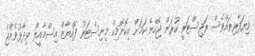
ވިޔަފާރިތައްވެސް ރަޖިސްޓަރީ ކުރަން ޖެހޭނެ ކަމަށް އިކޮނޮމިކް މިނިސްޓަރު ފައްޔާޒް އިސްމާއީލް ވިދާޅުވެއްޖެ